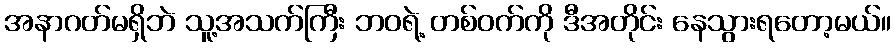
အနာဂတ်မရှိဘဲ သူ့အသက်ကြီး ဘဝရဲ့ တစ်ဝက်ကို ဒီအတိုင်း နေသွားရတော့မယ်။